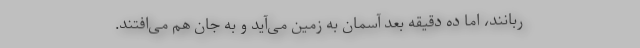
ربانند، اما ده دقیقه بعد آسمان به زمین می‌‌آید و به جان هم می‌‌افتند.